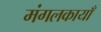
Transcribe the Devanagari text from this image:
मंगलकायाँ